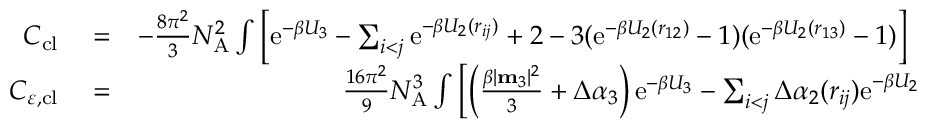
\begin{array} { r l r } { C _ { \mathrm { c l } } } & { { } = } & { - \frac { 8 \pi ^ { 2 } } { 3 } N _ { \mathrm { A } } ^ { 2 } \int \left[ \mathrm { e } ^ { - \beta U _ { 3 } } - \sum _ { i < j } \mathrm { e } ^ { - \beta U _ { 2 } ( r _ { i j } ) } + 2 - 3 ( \mathrm { e } ^ { - \beta U _ { 2 } ( r _ { 1 2 } ) } - 1 ) ( \mathrm { e } ^ { - \beta U _ { 2 } ( r _ { 1 3 } ) } - 1 ) \right] ~ \mathrm { d } \Omega _ { 3 } } \\ { C _ { \varepsilon , \mathrm { c l } } } & { { } = } & { \frac { 1 6 \pi ^ { 2 } } { 9 } N _ { \mathrm { A } } ^ { 3 } \int \left[ \left( \frac { \beta | \mathbf { m } _ { 3 } | ^ { 2 } } { 3 } + \Delta \alpha _ { 3 } \right) \mathrm { e } ^ { - \beta U _ { 3 } } - \sum _ { i < j } \Delta \alpha _ { 2 } ( r _ { i j } ) \mathrm { e } ^ { - \beta U _ { 2 } ( r _ { i j } ) } - \right. } \end{array}